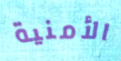
الأمنية